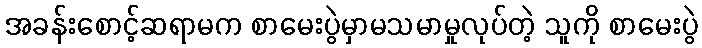
အခန်းစောင့်ဆရာမက စာမေးပွဲမှာမသမာမှုလုပ်တဲ့ သူကို စာမေးပွဲ